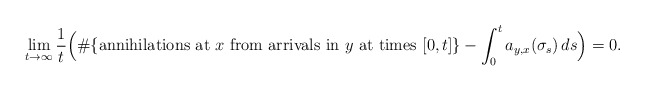
\begin{align*}\lim_{t\to\infty}\frac{1}{t}\Big(\#\{\mbox{annihilations at $x$ from arrivals in $y$ at times $[0,t]$}\}-\int_0^t a_{y,x}(\sigma_s)\,ds\Big)=0.\end{align*}